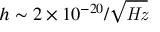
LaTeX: h \sim { 2 \times 1 0 ^ { - 2 0 } / { \sqrt { \mathit { H z } } } }